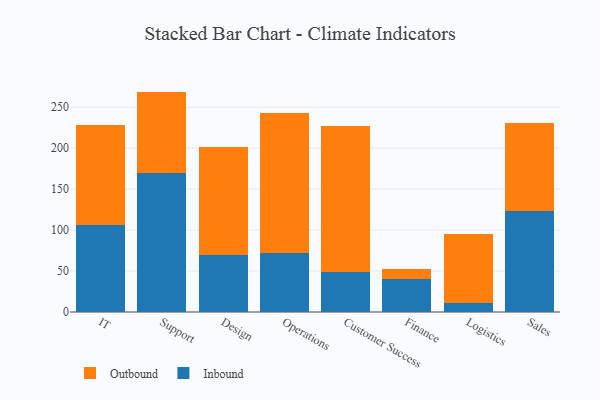
{"axis": {"x": "Department", "y": "Latency (ms)"}, "legend": ["Inbound", "Outbound"], "data": [{"x": "IT", "y": 106.3, "type": "Inbound"}, {"x": "IT", "y": 121.8, "type": "Outbound"}, {"x": "Support", "y": 170.3, "type": "Inbound"}, {"x": "Support", "y": 98.8, "type": "Outbound"}, {"x": "Design", "y": 69.1, "type": "Inbound"}, {"x": "Design", "y": 132.7, "type": "Outbound"}, {"x": "Operations", "y": 72.4, "type": "Inbound"}, {"x": "Operations", "y": 170.3, "type": "Outbound"}, {"x": "Customer Success", "y": 48.6, "type": "Inbound"}, {"x": "Customer Success", "y": 178.5, "type": "Outbound"}, {"x": "Finance", "y": 39.8, "type": "Inbound"}, {"x": "Finance", "y": 13.0, "type": "Outbound"}, {"x": "Logistics", "y": 10.5, "type": "Inbound"}, {"x": "Logistics", "y": 84.3, "type": "Outbound"}, {"x": "Sales", "y": 123.8, "type": "Inbound"}, {"x": "Sales", "y": 107.5, "type": "Outbound"}]}